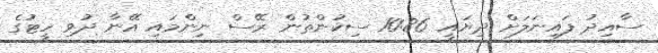
ސާއިދު ފައިނަލަށް ދިޔައީ 10:86 ސިކުންތުން ރޭސް ނިންމައި އޭނާ ދުވި ހީޓުގެ